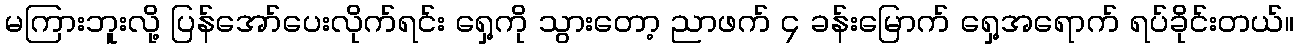
မကြားဘူးလို့ ပြန်အော်ပေးလိုက်ရင်း ရှေ့ကို သွားတော့ ညာဖက် ၄ ခန်းမြောက် ရှေ့အရောက် ရပ်ခိုင်းတယ်။